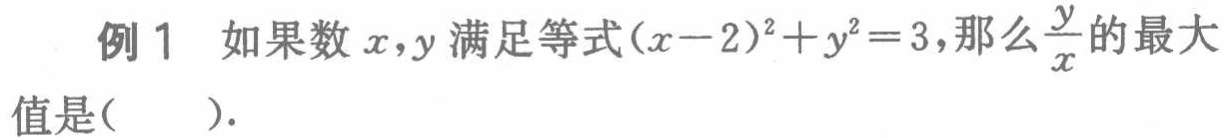
例1 如果数\(x,y\)满足等式\((x - 2)^{2}+y^{2}=3\)，那么\(\frac{y}{x}\)的最大值是(  ).